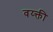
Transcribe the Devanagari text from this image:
वय्क्ती